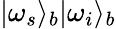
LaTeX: \vert\omega_{s}\rangle_{b}\vert\omega_{i}\rangle_{b}